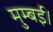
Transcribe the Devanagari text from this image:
मुम्बई।